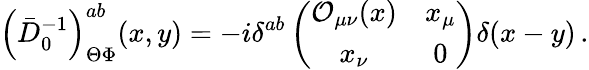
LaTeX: \left(\bar{D}_{0}^{-1}\right)_{\Theta\Phi}^{ab}(x,y)=-i\delta^{ab}\left(\begin{array}{cc}{{{\cal O}_{\mu\nu}(x)}}&{{x_{\mu}}}\\ {{x_{\nu}}}&{{0}}\end{array}\right)\delta(x-y)\, .